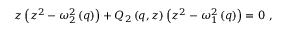
\begin{array} { r } { z \left( z ^ { 2 } - \omega _ { 2 } ^ { 2 } \left( q \right) \right) + Q _ { 2 } \left( q , z \right) \left( z ^ { 2 } - \omega _ { 1 } ^ { 2 } \left( q \right) \right) = 0 \ , } \end{array}